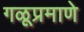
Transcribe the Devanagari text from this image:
गळूप्रमाणे